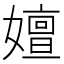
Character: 嬗